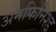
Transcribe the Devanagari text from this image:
अनफिनिश्ड